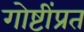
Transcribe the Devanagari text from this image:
गोष्टींप्रत